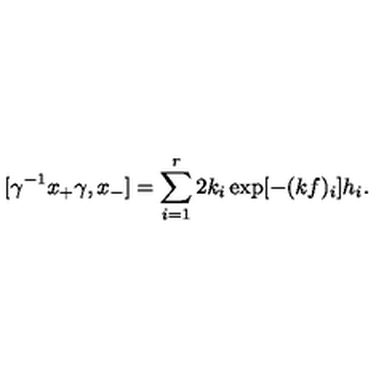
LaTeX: [ \gamma ^ { - 1 } x _ { + } \gamma , x _ { - } ] = \sum _ { i = 1 } ^ { r } 2 k _ { i } \exp [ - ( k f ) _ { i } ] h _ { i } .